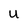
Character: U